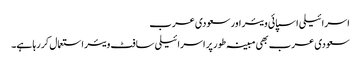
اسرائیلی اسپائی ویئر اور سعودی عرب
سعودی عرب بھی مبینہ طور پر اسرائیلی سافٹ ویئر استعمال کر رہا ہے۔